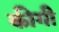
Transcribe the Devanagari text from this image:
कीगी